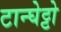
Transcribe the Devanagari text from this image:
टान्घेट्टो